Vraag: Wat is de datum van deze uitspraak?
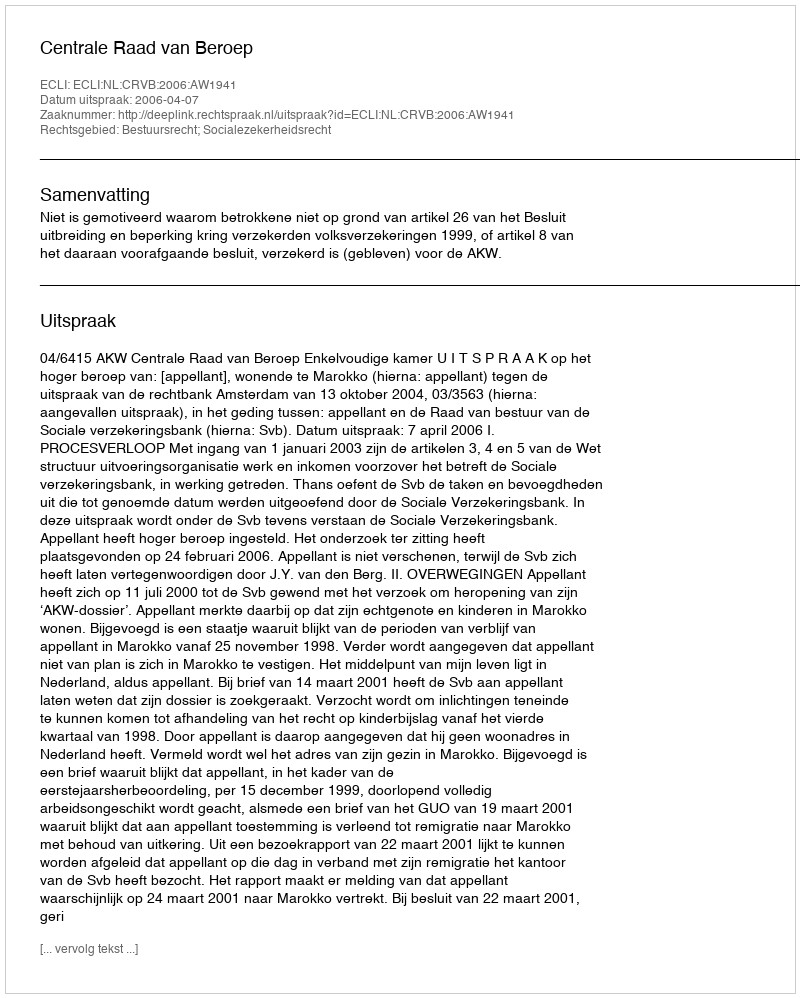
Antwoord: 2006-04-07